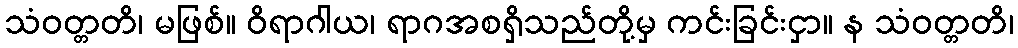
သံဝတ္တတိ၊ မဖြစ်။ ဝိရာဂါယ၊ ရာဂအစရှိသည်တို့မှ ကင်းခြင်းငှာ။ န သံဝတ္တတိ၊